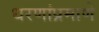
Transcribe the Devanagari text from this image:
धरणांप्रमाणे